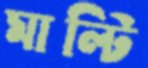
মাল্টি